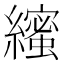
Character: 𮉒